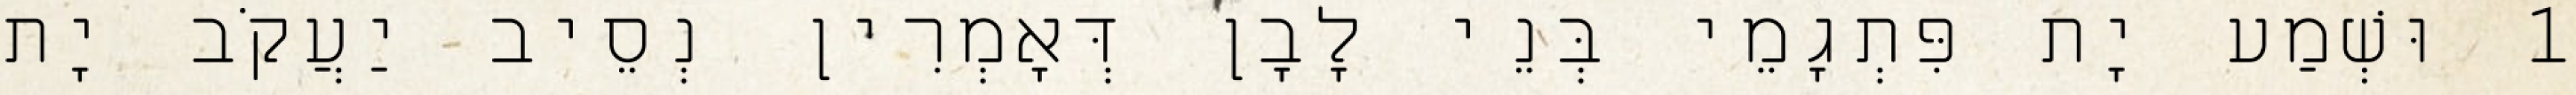
1 וּשְׁמַע יָת פִּתְגָמֵי בְּנֵי לָבָן דְּאָמְרִין נְסֵיב יַעֲקֹב יָת